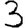
Digit: 3